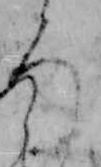
ろ